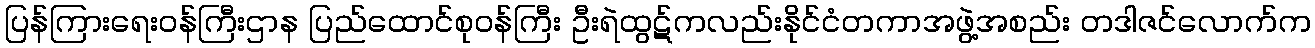
ပြန်ကြားရေးဝန်ကြီးဌာန ပြည်ထောင်စုဝန်ကြီး ဦးရဲထွဋ်ကလည်းနိုင်ငံတကာအဖွဲ့အစည်း တဒါဇင်လောက်က